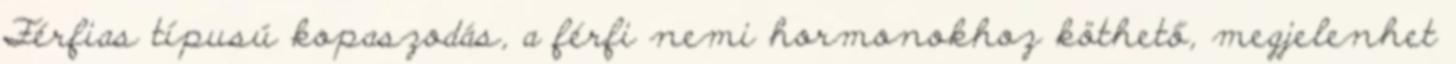
Férfias típusú kopaszodás, a férfi nemi hormonokhoz köthető, megjelenhet